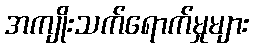
အကျိုးသက်ရောက်မှုများ